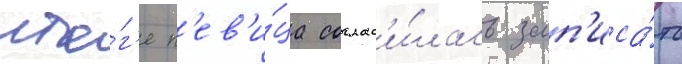
ито́г'е п'ев'и́ца соглас'и́лась зап'иса́ть